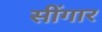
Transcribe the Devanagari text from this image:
सींगार